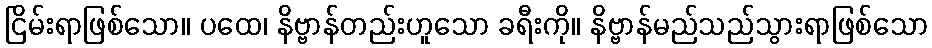
ငြိမ်းရာဖြစ်သော။ ပထေ၊ နိဗ္ဗာန်တည်းဟူသော ခရီးကို။ နိဗ္ဗာန်မည်သည်သွားရာဖြစ်သော